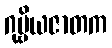
ဂုမ္ဗိယဇာတက